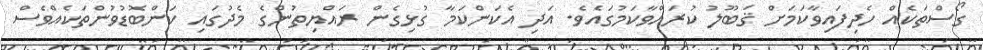
ގޯސްތަކެއް ހެދިފައިވާކަމަށް ޤަބޫލު ކުރައްވާކަމުގައެވެ. އަދި އެކަންކަމާ ގުޅިގެން ރައްޔިތުންގެ މެދުގައި ކަންބޮޑުވުންތަކެއްވެސް